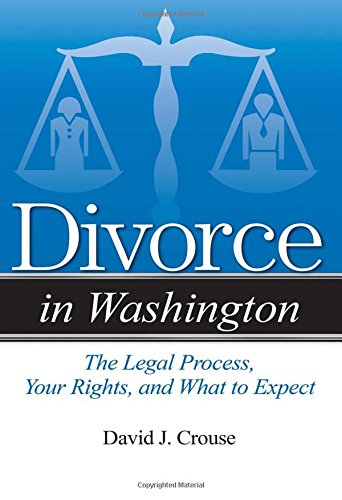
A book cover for Divorce in Washington: The Legal Process, Your Rights, and What to Expect; David J. Crouse Esq.; Law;